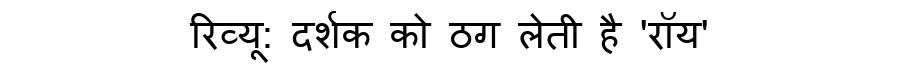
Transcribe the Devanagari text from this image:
रिव्यू: दर्शक को ठग लेती है 'रॉय'